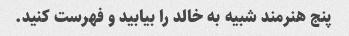
پنج هنرمند شبیه به خالد را بیابید و فهرست کنید.